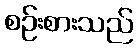
စဉ်းစားသည်